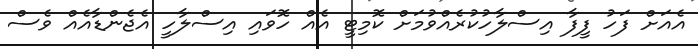
އެއަށް ފަހު ފީފާ އިސްލާހުކުރެއްވުމަށް ކޮމިޓީ އެއް ހޮވައި އިސްލާހީ އެޖެންޑާއެއް ވެސް